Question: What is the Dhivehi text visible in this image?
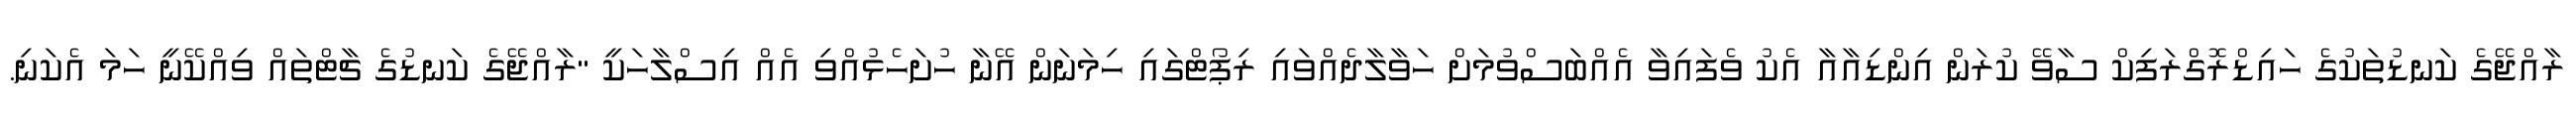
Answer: ރާއްޖޭގެ ކަނޑުތަކުގެ ހައިޑްރޮގްރަފިކް ސާވޭ ކުރަން އިންޑިއާއާ އެކު ވެފައިވާ އެއްބަސްވުމަށް ހަވާލާދެއްވައި ރިޕޯޓްގައި ހިމަނަން އޭނާ ހުށަހެޅުއްވި އެއް އިސްލާހަކީ "ރާއްޖޭގެ ކަނޑުގެ ޗާޓްތައް ވިއްކޭނީ ހަމަ އެކަނި.